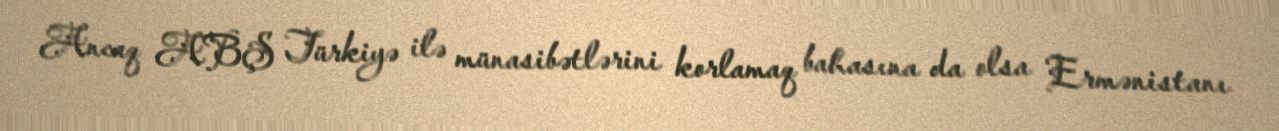
Ancaq ABŞ Türkiyə ilə münasibətlərini korlamaq bahasına da olsa Ermənistanı